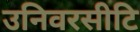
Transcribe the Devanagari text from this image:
उनिवरसीटि